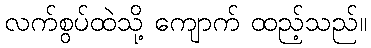
လက်စွပ်ထဲသို့ ကျောက် ထည့်သည်။